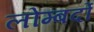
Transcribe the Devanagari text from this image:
लोम्बर्दो